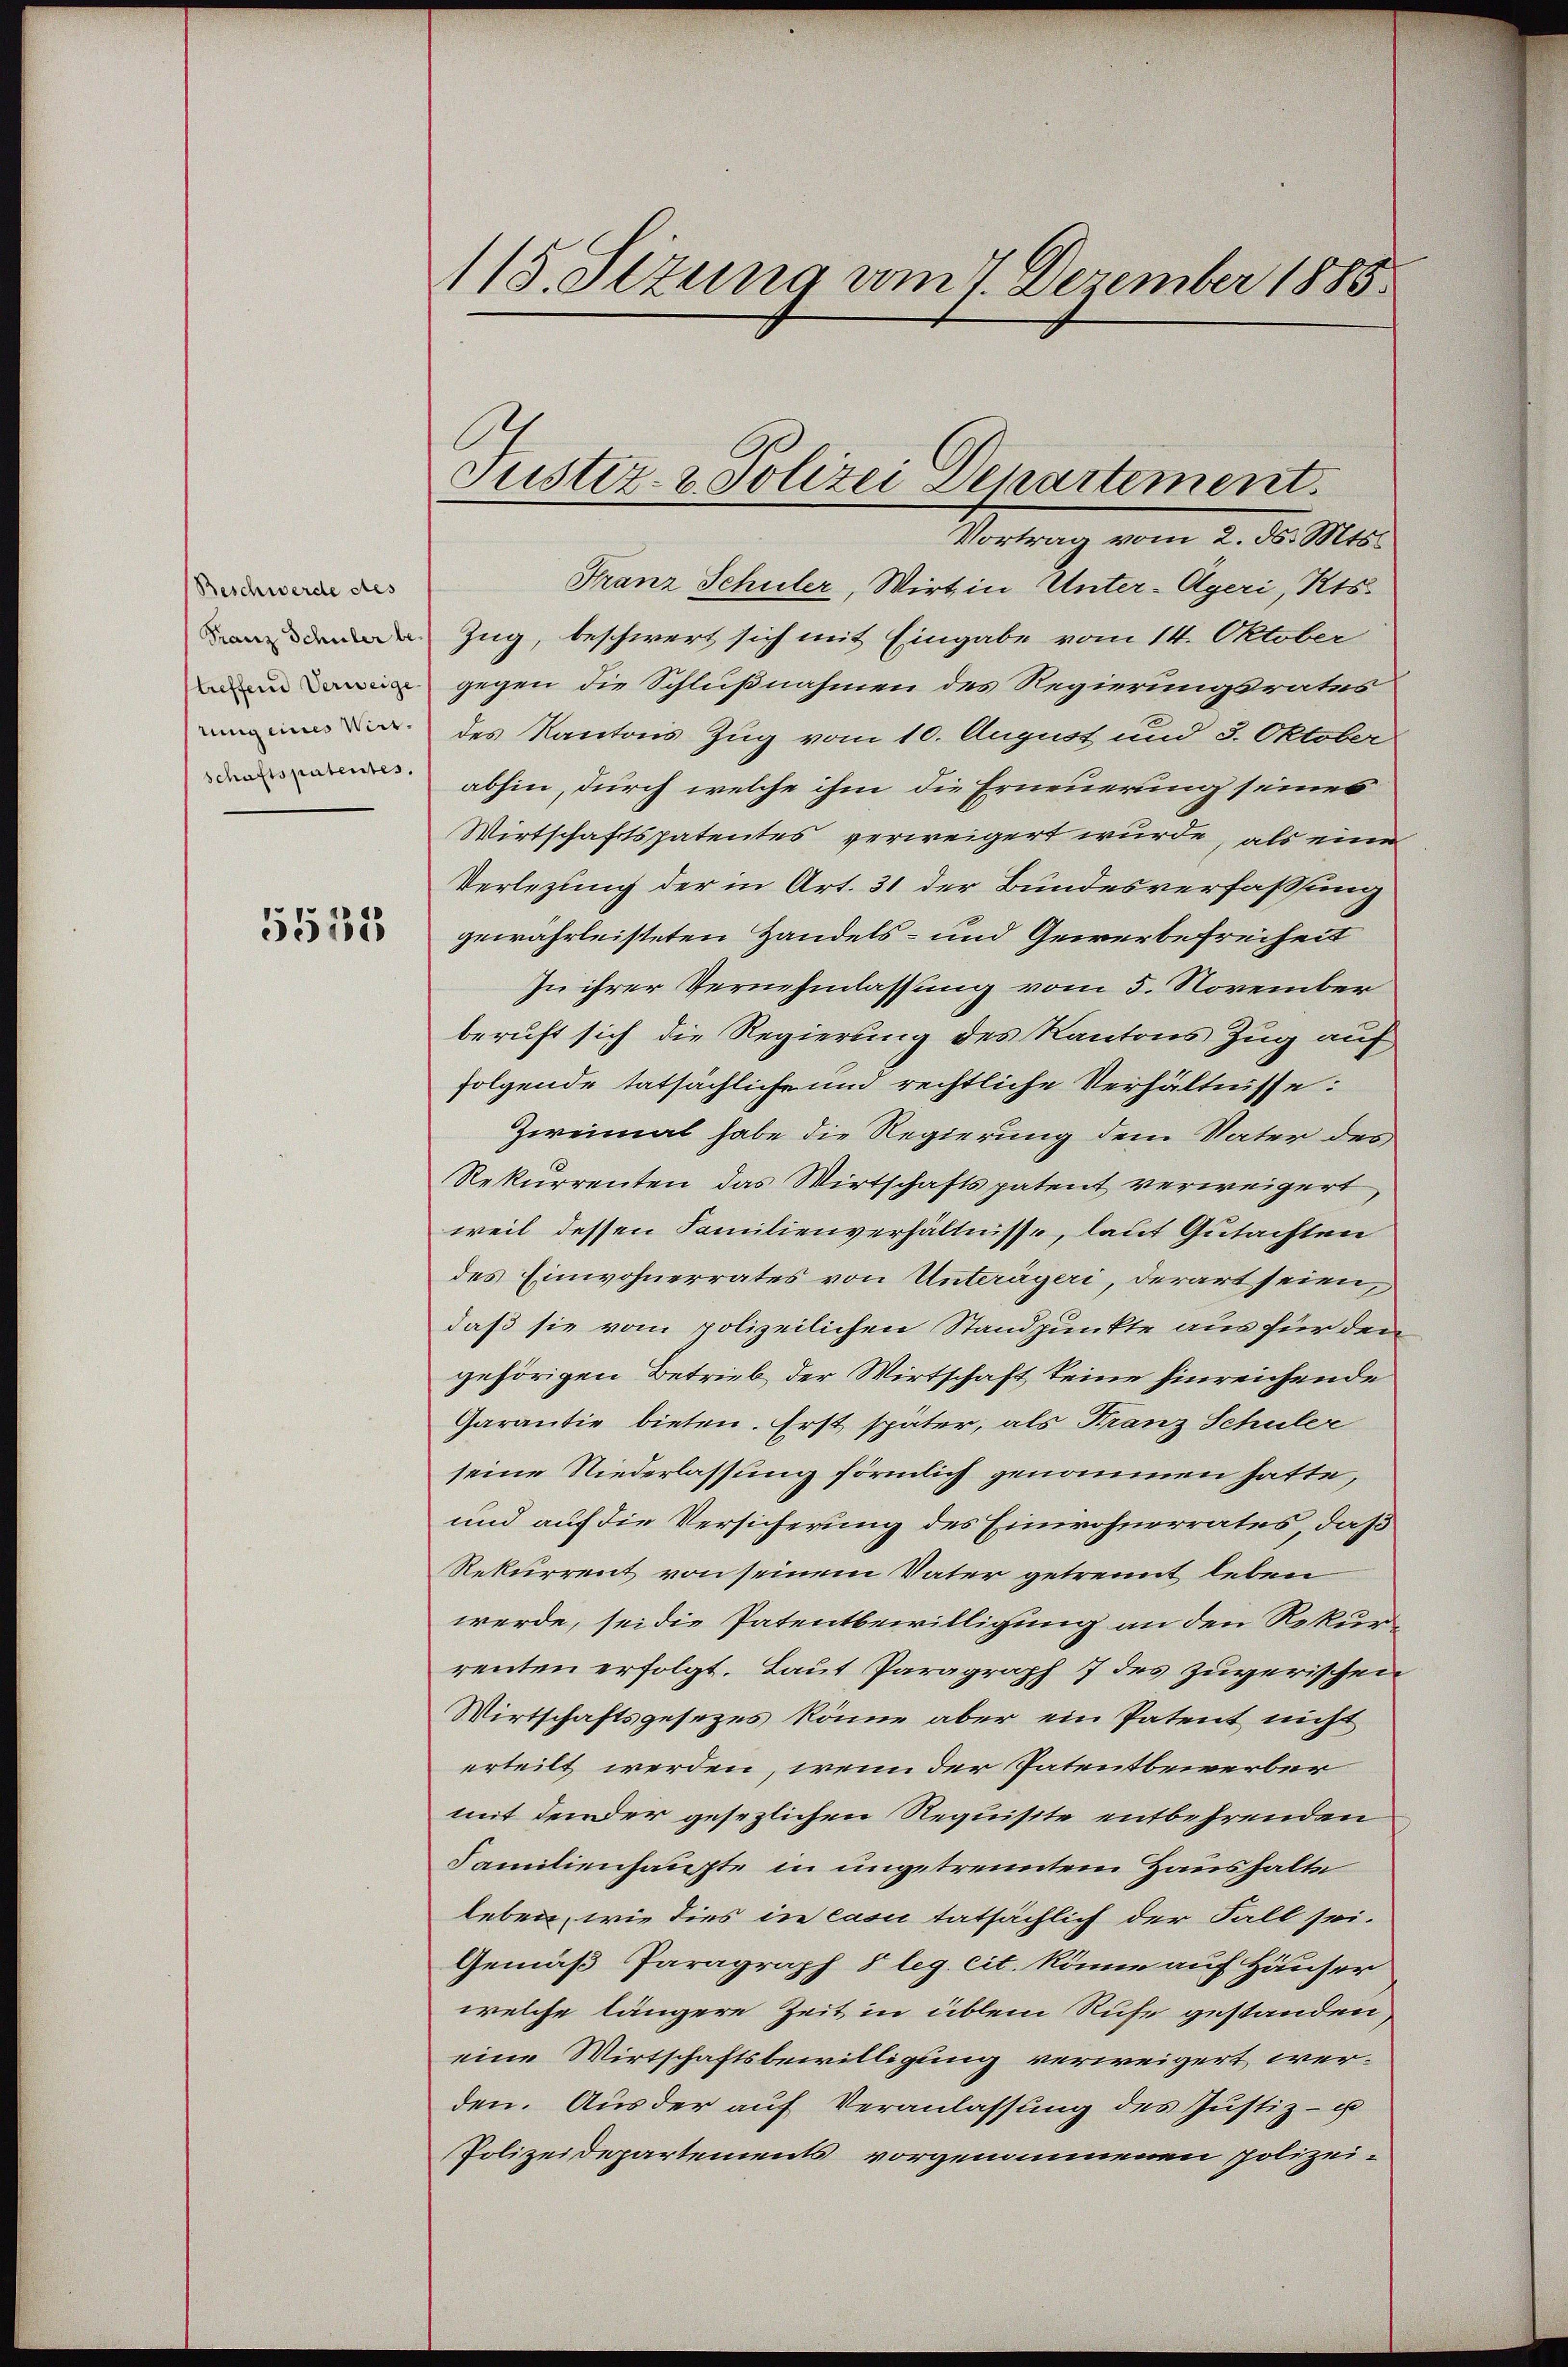
Beschwerde des
Franz Schüler be
treffend Verweige
tung eines Virt.
schaftspatentes.

5535

118. Sizung vom 7. Dezember 1885.

Justiz- & Polizei Departement.

Vortrag vom 2. ds. Mts.
Franz Schuler, Wirt in Unter-Ageri, Kts.
Zug, beschwert sich mit Eingabe vom 14. Oktober
gegen die Schlußnahmen des Regierungsrates
des Kantons Zug vom 10. August und 3. Oktober
abhin, durch welche ihm die Erneuerung seines
Wirtschaftspatentes verweigert wurde, als eine
Verlegung der in Art. 31 der Bundesverfassung
gewährleisteten Handels- und Gewerbefreiheit
In ihrer Vernehmlassung vom 5. November
beruft sich die Regierung des Kantons Zug auf
folgende tatsächliche und rechtliche Verhältnisse:
Zweimal habe die Regierung dem Vater des
Rekurrenten das Wirtschaftspatent verweigert
weil dessen Familienverhältnisse, laut Gutachten
des Einwohnerrates von Unterägeri, derart seien,
daß sie vom polizeilichen Standpunkte aus für den
gehörigen Betrieb der Wirtschaft keine hinreichende
Garantie bieten. Erst später, als Franz Schuler
seine Niederlassung förmlich genommen hatte,
und auf die Versicherung des Einwohnerrates, daß
Rekurrent von seinem Vater getrennt leben
werde, sei die Patentbewilligung an den Rekurrenten erfolgt. Laut Paragraph 7 des zugerischen
Wirtschaftsgesezes könne aber ein Patent nicht
erteilt werden, wenn der Patentbewerber
mit den der gesezlichen Requisite entbehrenden
Familienhaupte in ungetrenntem Haushalte
leben, wie dies in casi tatsächlich der Fall sei.
Gemäß Paragraph 5 leg. cit. könne auf Häuser
welche längere Zeit in üblem Rufe gestanden,
eine Wirtschaftsbewilligung verweigert werden. Aus der auf Veranlassung des Justiz- u
Polizeidepartements vorgenommenen polizei-